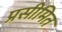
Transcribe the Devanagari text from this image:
प्रसीमित